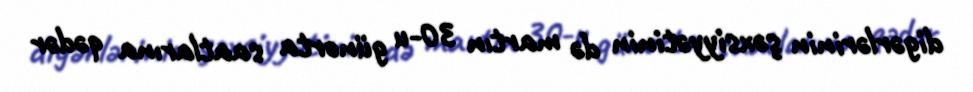
digərlərinin şəxsiyyətinin də martın 30-u günorta saatlarına qədər